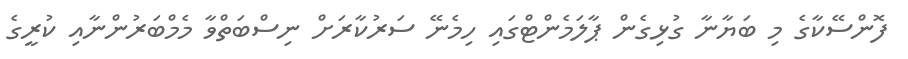
ފޮންސޭކާގެ މި ބަޔާނާ ގުޅިގެން ޕާލަމެންޓްގައި ހިމެނޭ ސަރުކާރަށް ނިސްބަތްވާ މެމްބަރުންނާއި ކުރީގެ